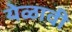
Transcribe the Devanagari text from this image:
येळावी